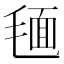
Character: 𣮻